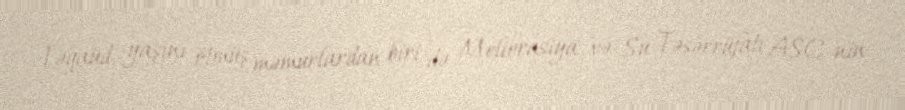
Təqaüd yaşını ötmüş məmurlardan biri də Meliorasiya və Su Təsərrüfatı ASC-nin